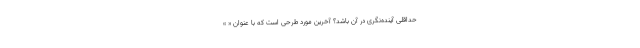
حداقلی آینده‌نگری در آن باشد؟ آخرین مورد طرحی است که با عنوان « »